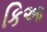
કિઆ